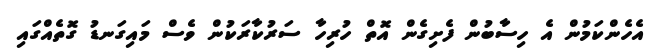
އެހެންކަމުން އެ ހިސާބުން ފެށިގެން އޮތް ހުރިހާ ސަރުކާރަކުން ވެސް މައިގަނޑު ގޮތެއްގައި